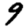
Digit: 9